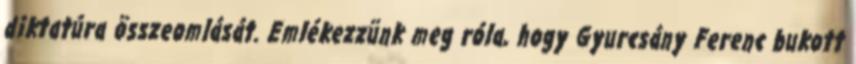
diktatúra összeomlását. Emlékezzünk meg róla, hogy Gyurcsány Ferenc bukott